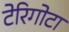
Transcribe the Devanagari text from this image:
टेरिगोटा